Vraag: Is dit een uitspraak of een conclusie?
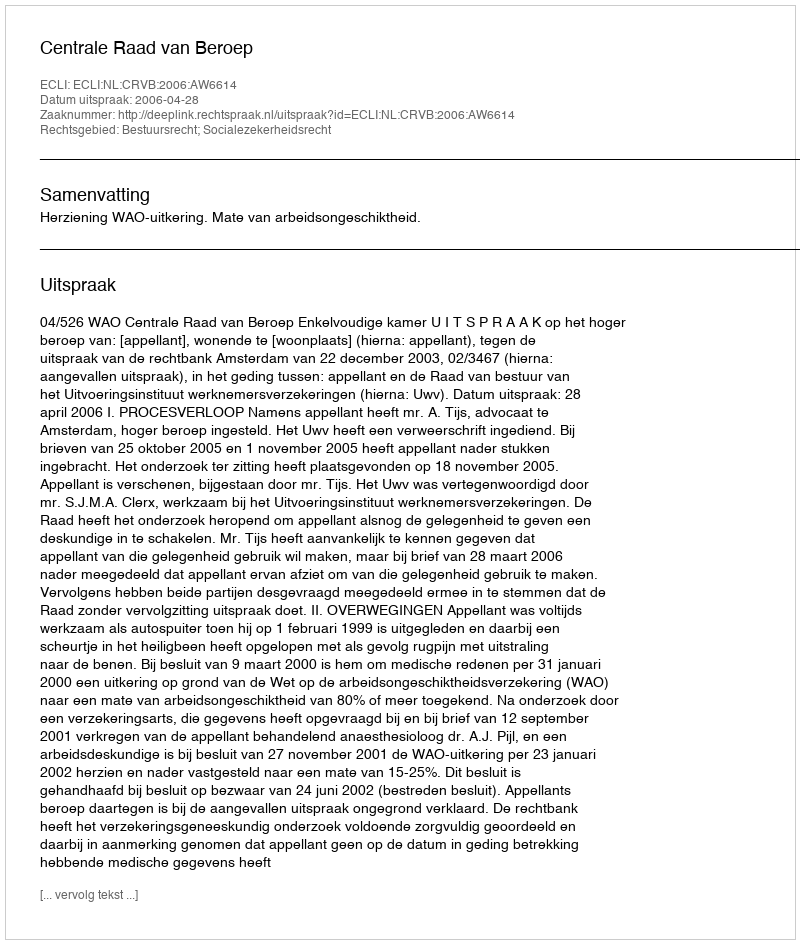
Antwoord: Uitspraak